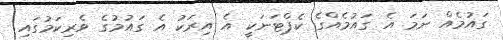
ގައުމެއް ނަމަ އެ ގައުމެއްގެ ކެޕްޓަނަކީ އެ އިރަކު އެ ގައުމުގެ ވެރިކަމުގައި